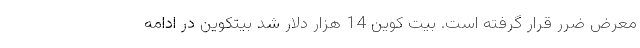
معرض ضرر قرار گرفته است. بیت کوین 14 هزار دلار شد بیتکوین در ادامه